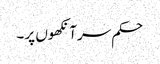
حکم سر آنکھوں پر ۔